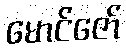
မောင်ဇော်